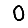
Digit: 0